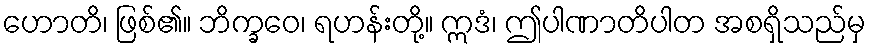
ဟောတိ၊ ဖြစ်၏။ ဘိက္ခဝေ၊ ရဟန်းတို့။ ဣဒံ၊ ဤပါဏာတိပါတ အစရှိသည်မှ